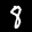
Label: 8